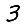
Digit: 3